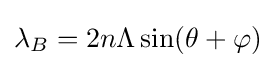
\lambda _{B}=2n\Lambda \sin(\theta +\varphi )